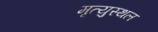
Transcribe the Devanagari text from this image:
मृत्युस्थल